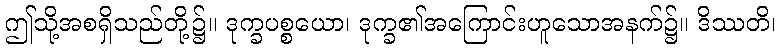
ဤသို့အစရှိသည်တို့၌။ ဒုက္ခပစ္စယော၊ ဒုက္ခ၏အကြောင်းဟူသောအနက်၌။ ဒိဿတိ၊